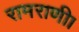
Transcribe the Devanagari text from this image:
रामराणी।